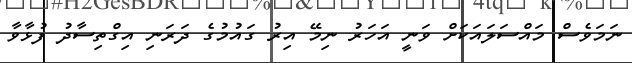
ނަމަވެސް މައްސަލައަކަށް ވަނީ އަހަރު ނިމޭ އިރު ގައުމުގެ ދަރަނި އިގްތިސާދު ފުޅާވާ